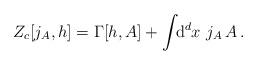
LaTeX: \begin{align*}Z_c[j_A, h] = \Gamma[h,A] + \int \!\!{\rm d}^d x \,\, j_A \, A \,.\end{align*}